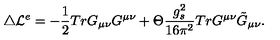
\triangle { \cal L } ^ { e } = - \frac { 1 } { 2 } T r G _ { \mu \nu } G ^ { \mu \nu } + \Theta \frac { g _ { s } ^ { 2 } } { 1 6 \pi ^ { 2 } } T r G ^ { \mu \nu } \tilde { G } _ { \mu \nu } .